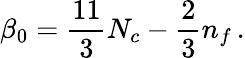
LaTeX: \beta_{0}=\frac{11}{3}N_{c}-\frac{2}{3}n_{f}\, .